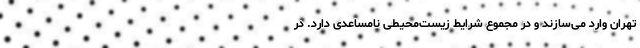
تهران وارد می‌سازند و در مجموع شرایط زیست‌محیطی نامساعدی دارد. در